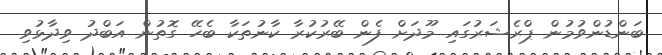
ބަންޑުންވުމުން ޕްރެޝަރުގައި މޫދަށް ފެން ބޭރުކުރާ ކާނުތަކާ ބެހޭ ގޮތުން އަބްދު ވިދާޅުވި